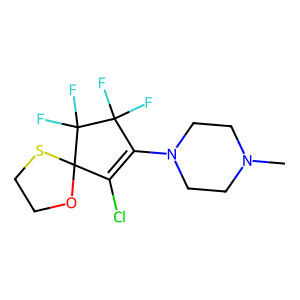
SMILES: CN1CCN(C2=C(Cl)C3(OCCS3)C(F)(F)C2(F)F)CC1
Inhibits HIV replication: No